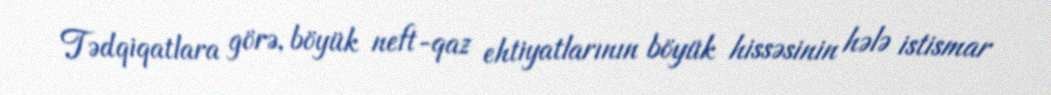
Tədqiqatlara görə, böyük neft-qaz ehtiyatlarının böyük hissəsinin hələ istismar